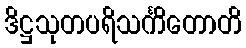
ဒိဋ္ဌသုတပရိသင်္ကိတောတိ